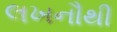
લખનૌથી